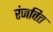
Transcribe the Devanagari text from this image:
रंजवित